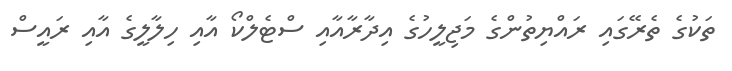
ތަކުގެ ތެރޭގައި ރައްޔިތުންގެ މަޖިލީހުގެ އިދާރާއާއި ސްޓެލްކޯ އާއި ހިލާލީގެ އާއި ރައީސް